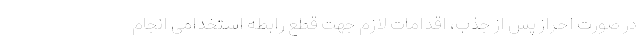
در صورت احراز پس از جذب، اقدامات لازم جهت قطع رابطه استخدامی انجام